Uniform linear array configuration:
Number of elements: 32
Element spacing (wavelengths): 0.75
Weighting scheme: exponential
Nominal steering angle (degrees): -15
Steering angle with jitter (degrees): -14.686
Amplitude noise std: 0.05
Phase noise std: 0.05

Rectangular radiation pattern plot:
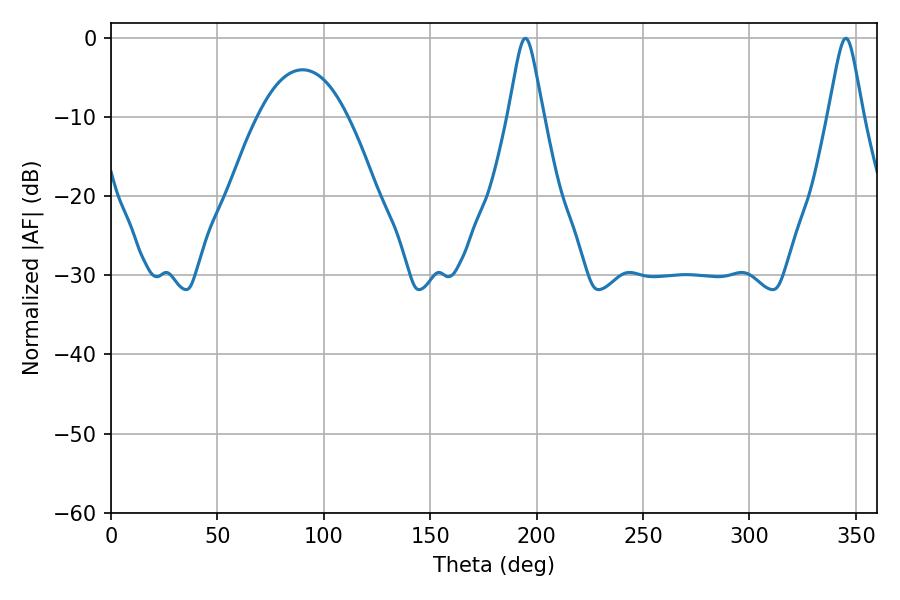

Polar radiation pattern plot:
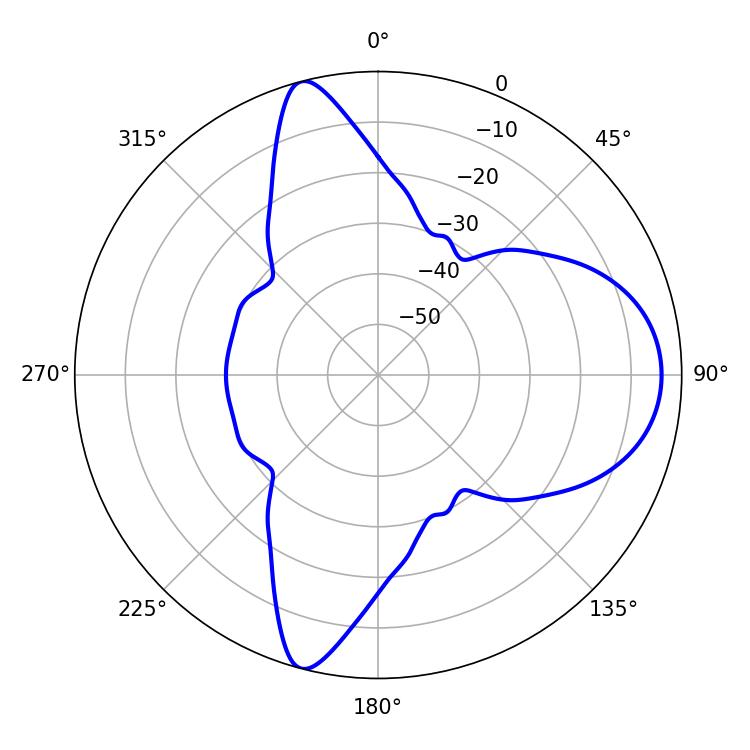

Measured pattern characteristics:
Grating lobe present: TRUE
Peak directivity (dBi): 11.638
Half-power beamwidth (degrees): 7.92
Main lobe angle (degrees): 194.76